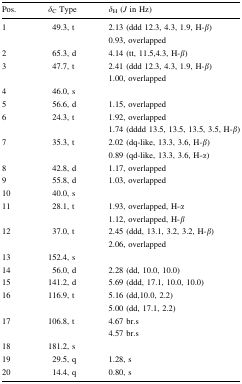
<table><thead><tr><td><b>Pos.</b></td><td><b><i>δ</i><sub>C</sub> Type</b></td><td><b><i>δ</i><sub>H</sub> (<i>J</i> in Hz)</b></td></tr></thead><tbody><tr><td>1</td><td>49.3, t</td><td>2.13 (ddd 12.3, 4.3, 1.9, H-<i>β</i>)0.93, overlapped</td></tr><tr><td>2</td><td>65.3, d</td><td>4.14 (tt, 11.5,4.3, H-<i>β</i>)</td></tr><tr><td>3</td><td>47.7, t</td><td>2.41 (ddd 12.3, 4.3, 1.9, H-<i>β</i>)1.00, overlapped</td></tr><tr><td>4</td><td>46.0, s</td><td></td></tr><tr><td>5</td><td>56.6, d</td><td>1.15, overlapped</td></tr><tr><td>6</td><td>24.3, t</td><td>1.92, overlapped1.74 (dddd 13.5, 13.5, 13.5, 3.5, H-<i>β</i>)</td></tr><tr><td>7</td><td>35.3, t</td><td>2.02 (dq-like, 13.3, 3.6, H-<i>β</i>)0.89 (qd-like, 13.3, 3.6, H-<i>α</i>)</td></tr><tr><td>8</td><td>42.8, d</td><td>1.17, overlapped</td></tr><tr><td>9</td><td>55.8, d</td><td>1.03, overlapped</td></tr><tr><td>10</td><td>40.0, s</td><td></td></tr><tr><td>11</td><td>28.1, t</td><td>1.93, overlapped, H-<i>α</i>1.12, overlapped, H-<i>β</i></td></tr><tr><td>12</td><td>37.0, t</td><td>2.45 (ddd, 13.1, 3.2, 3.2, H-<i>β</i>)2.06, overlapped</td></tr><tr><td>13</td><td>152.4, s</td><td></td></tr><tr><td>14</td><td>56.0, d</td><td>2.28 (dd, 10.0, 10.0)</td></tr><tr><td>15</td><td>141.2, d</td><td>5.69 (ddd, 17.1, 10.0, 10.0)</td></tr><tr><td>16</td><td>116.9, t</td><td>5.16 (dd,10.0, 2.2)5.00 (dd, 17.1, 2.2)</td></tr><tr><td>17</td><td>106.8, t</td><td>4.67 br.s4.57 br.s</td></tr><tr><td>18</td><td>181.2, s</td><td></td></tr><tr><td>19</td><td>29.5, q</td><td>1.28, s</td></tr><tr><td>20</td><td>14.4, q</td><td>0.80, s</td></tr></tbody></table>